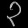
Digit: ၃